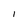
Character: I